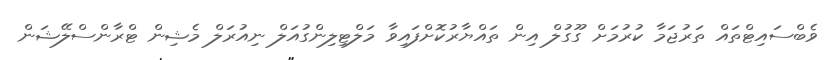
ވެބްސައިޓްތައް ތަރުޖަމާ ކުރުމަށް ގޫގުލް އިން ތައްޔާރުކޮށްފައިވާ މަލްޓިލިންގުއަލް ނިއުރަލް މެޝިން ޓްރާންސްލޭޝަން